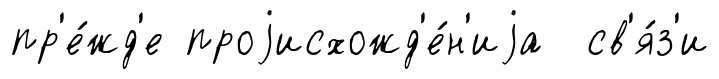
пр'е́жд'е проjисхожд'е́н'иjа св'я́з'и